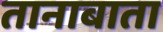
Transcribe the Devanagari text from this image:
तानाबाता